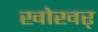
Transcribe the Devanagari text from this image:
खोखर्